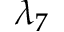
\lambda _ { 7 }